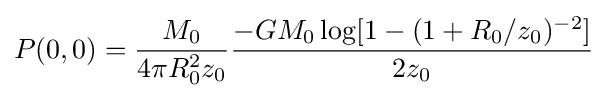
P(0,0)={M_{0} \over 4\pi R_{0}^{2}z_{0}}{-GM_{0}\log[1-(1+R_{0}/z_{0})^{-2}] \over 2z_{0}}